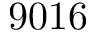
9 0 1 6